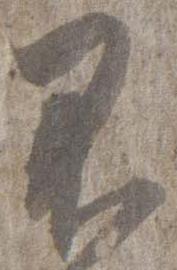
不